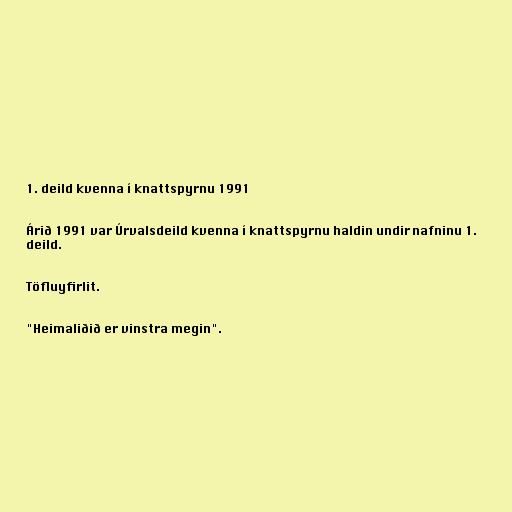
1. deild kvenna í knattspyrnu 1991

Árið 1991 var Úrvalsdeild kvenna í knattspyrnu haldin undir nafninu 1.
deild.

Töfluyfirlit.

"Heimaliðið er vinstra megin".